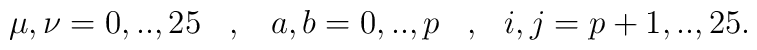
\mu,\nu=0,..,25\,\,\,\,\,,\,\,\,\,\,a,b=0,..,p\,\,\,\,\,,\,\,\,\, i,j=p+1,..,25.